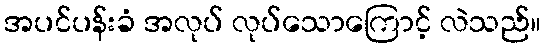
အပင်ပန်းခံ အလုပ် လုပ်သောကြောင့် လဲသည်။